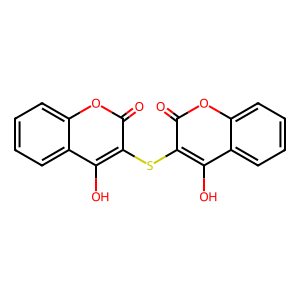
SMILES: O=c1oc2ccccc2c(O)c1Sc1c(O)c2ccccc2oc1=O
Inhibits HIV replication: No